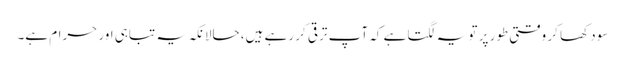
سود کھا کر وقتی طور پر تو یہ لگتا ہے کہ آپ ترقی کر رہے ہیں، حالانکہ یہ تباہی اور حرام ہے۔